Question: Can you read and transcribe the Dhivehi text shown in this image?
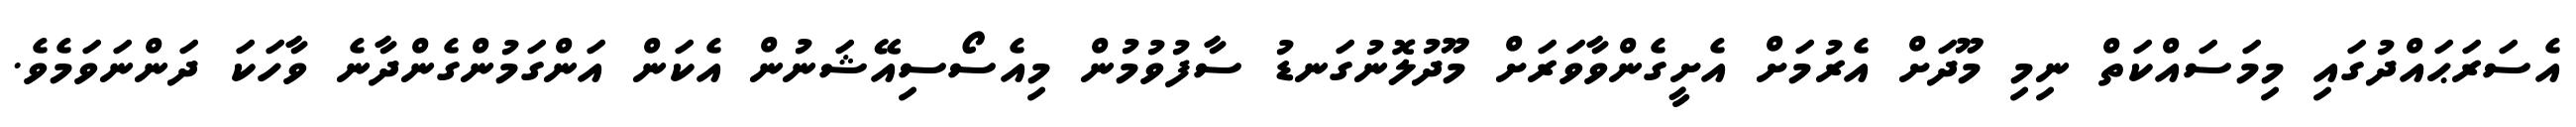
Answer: އެސަރަޙައްދުގައި މިމަސައްކަތް ނިމި މޫދަށް އެރުމަށް އެށީގެންވާވަރަށް މޫދުލޮނުގަނޑު ސާފުވުމުން މިއެސޯސިއޭޝަނުން އެކަން އަންގަމުންގެންދާނެ ވާހަކަ ދަންނަވަމެވެ.